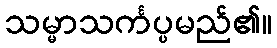
သမ္မာသင်္ကပ္ပမည်၏။